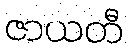
ဇာယတီ